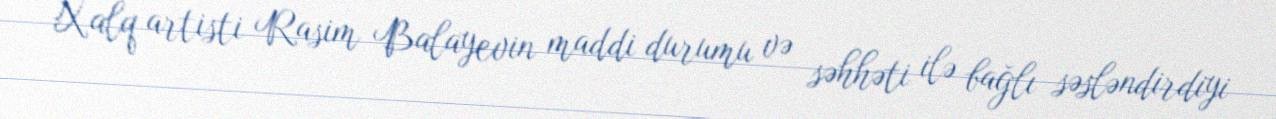
Xalq artisti Rasim Balayevin maddi durumu və səhhəti ilə bağlı səsləndirdiyi